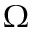
\Omega